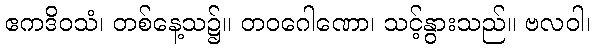
ဧကဒိဝသံ၊ တစ်နေ့သ၌။ တဝဂေါဏော၊ သင့်နွားသည်။ ဗလဝါ၊